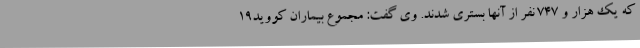
که یک هزار و 747 نفر از آنها بستری شدند. وی گفت: مجموع بیماران کووید19